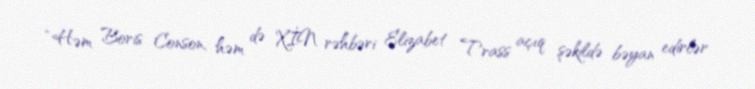
“Həm Boris Conson, həm də XİN rəhbəri Elizabet Trass açıq şəkildə bəyan edirlər